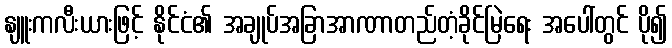
နျူးကလီးယားဖြင့် နိုင်ငံ၏ အချုပ်အခြာအာဏာတည်တံ့ခိုင်မြဲရေး အပေါ်တွင် ပို၍